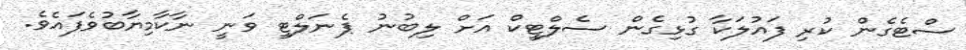
ސްޓެގެން ކުރި ފައުލަކާ ގުޅިގެން ސެލްޓީކް އަށް ލިބުނު ޕެނަލްޓީ ވަނީ ނާކާމިޔާބުވެފައެވެ.